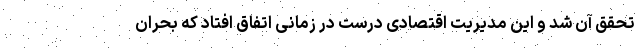
تحقق آن شد و این مدیریت اقتصادی درست در زمانی اتفاق افتاد که بحران